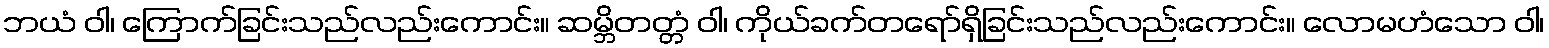
ဘယံ ဝါ၊ ကြောက်ခြင်းသည်လည်းကောင်း။ ဆမ္ဘိတတ္တံ ဝါ၊ ကိုယ်ခက်တရော်ရှိခြင်းသည်လည်းကောင်း။ လောမဟံသော ဝါ၊